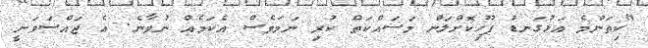
"ކިތަންމެ އަޅުގަނޑު ފޫހިކޮށްލަން މަސައްކަތް ކުރި ނަމަވެސް އެކަމެއް ނުވާނެ. އެ ޖައްސަވަނީ